Newspaper: The evening Argus. [volume]
Place of publication: Rock Island, Ill.
Publisher: Danforth & Jones
Date: 1870-11-04 00:00:00
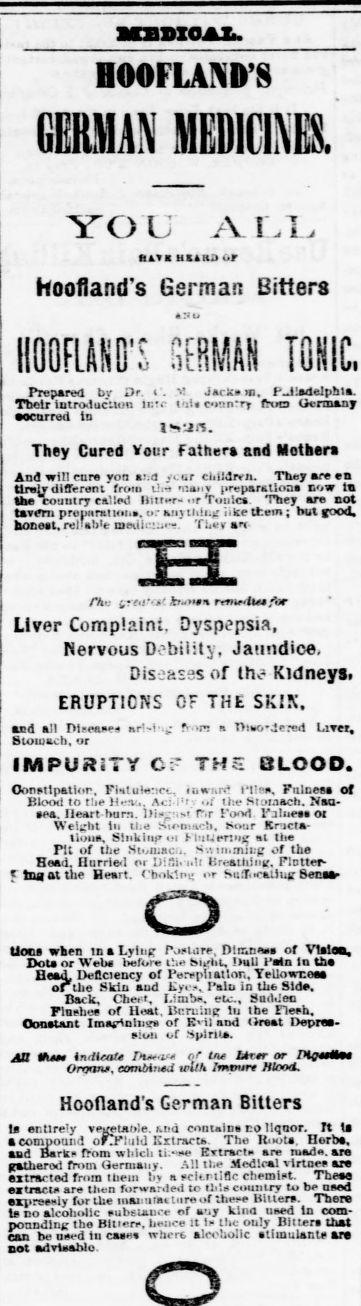
Advertisement text (OCR):
BXSSXOAZa. nOOFLAND'S YOU A.1VL, Bat a nt.aaor hoofland's German Bitters 43 1 HOOFLASD'S SERMAM T0K1C. Prepared by Dr. . V Jarlcen. P.J!deIphla. Their introduction ip.tc tiU country fruo Germany eocorred in They Cured Your Father and Mother And win cure yon a;d year elilldrvn. They are ea tlraly different from tit- maxv H-eparatioaa now IB the Muuiry called llnrw" or "Tonic. They are not tavern pretinratton.. ur an thli: lilcencem; rairowi, honeel,ri.be mniii'-!--:. 'CUvv at- Ao trri'' rww rmfiu for Liver Complaint, Dyspepsia, Nervous D?hil:ty, Jaundice, Diseases of llv? Kidneys. ERUPTIONS CF THE SKIX. ud all Pimiw urNi'v -r! a Tiio',iereti Liver. 8uiuacb, or IMPURiTY C? THS BLOOD. Oon.Mpatior, Flit u tan. tuwiin iMlea. Fnlnee of Blood to tbe H-?u,. Ac i'f-- ,,i the Stuinach. Nau sea. Heart ham. l)i-,v P.r food Falue. ot Weight lit tl;e Siomrirh. fcour Kricla- lioua, Sinkinpoi h ItiumtiK at tlte Pit of the Sivu.ni; ,. s .iin.mii.g of the Head, Hurried or fcifti, i.li Br-ailiinif, Flotter rtnaatuie Heart. bok1.ii: or Su.X-aitug Benaar Lion, when in a Lying Posidre, Dlmnea of Vision, Dote or Web before V.m bltrtit, !ull fata In th Bead, Deficiency of Perepliatlon, YeUowr.ees or the Mkin and Ky'. I'.ln in the Side, Back, Cheet, I.im!). etc., tfiiritieo Plnehee of Heat. Bnreing lu tbe Fleeh. Constant Imaptatuv. of Evil and threat Deprea :uu of .spirit. JJt th MUaU fw or tne Ltrtr or Hfi.ale. Oromr, combined with Impart Wood. Hoofland's German Bitters I entirely vegetito'e. Mtd contain, no liqnor. Tt Is B compound of!r"lnld Kxtracta. The Knot. Herb, and Barkf from which ti.-e Krtrarte are mad, ara gathered from Uerniauy. Al! tl- Medical virtue, are extracted from mem li a wit rliflc chemist. TheM ecu-act are then forwarded to rl!s country to be need eapreetdy for the inainiiatttireof theee bitter. There te no alcoholic eubeiauce of a'jy klna need to com ponndlne the Bitter, hence it If tht ouly Bilter that can be need In cae where alcoholic atimulante are cot advtaablo.
Label: text-only